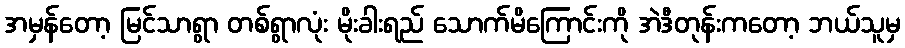
အမှန်တော့ မြင်သာရွာ တစ်ရွာလုံး မိုးခါးရည် သောက်မိကြောင်းကို အဲဒီတုန်းကတော့ ဘယ်သူမှ